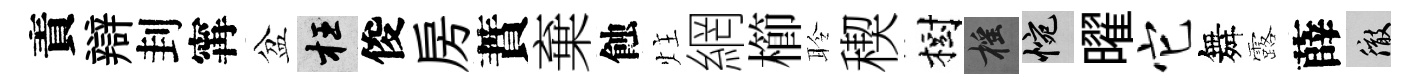
責辯刲𡩋盆枉俊房蕡棄蝕炷網櫛聆稧樹摇惋曜它舞露薛徹